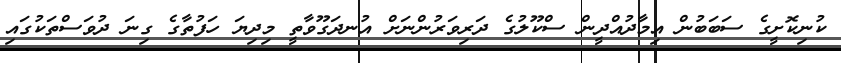
ކުނިކޮށީގެ ސަބަބުން އިމާދުއްދީން ސްކޫލުގެ ދަރިވަރުންނަށް އުނދަގޫވާތީ މިދިޔަ ހަފުތާގެ ގިނަ ދުވަސްތަކުގައި